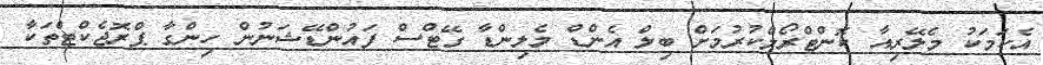
އެކަމަކު މެލޭރިއާ ކޮންޓްރޯލްކުރުމަށް ބިލް އެންޑް މެލިންޑާ ގޭޓްސް ފައުންޑޭޝަނުން ހިންގާ ޕްރޮޖެކްޓްތަކާ